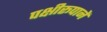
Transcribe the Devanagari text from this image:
पक्षीरूपानें